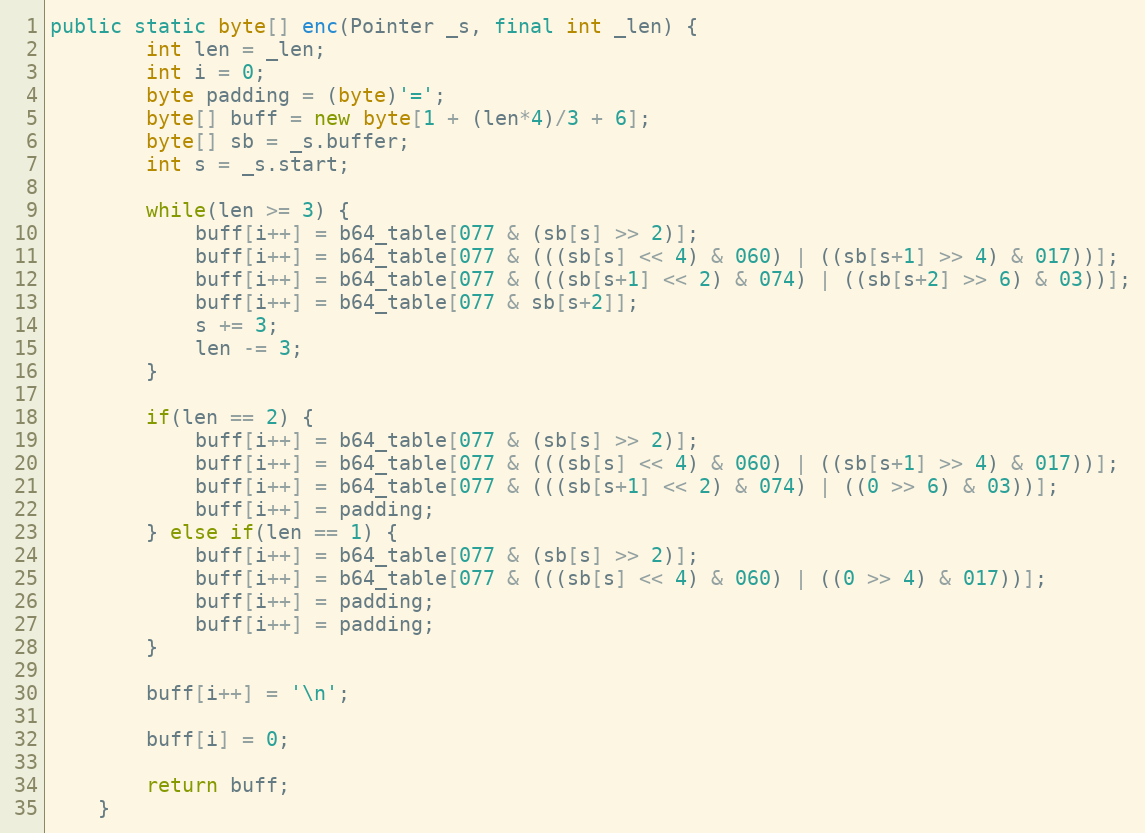
Language: Java
public static byte[] enc(Pointer _s, final int _len) {
        int len = _len;
        int i = 0;
        byte padding = (byte)'=';
        byte[] buff = new byte[1 + (len*4)/3 + 6];
        byte[] sb = _s.buffer;
        int s = _s.start;

        while(len >= 3) {
            buff[i++] = b64_table[077 & (sb[s] >> 2)];
            buff[i++] = b64_table[077 & (((sb[s] << 4) & 060) | ((sb[s+1] >> 4) & 017))];
            buff[i++] = b64_table[077 & (((sb[s+1] << 2) & 074) | ((sb[s+2] >> 6) & 03))];
            buff[i++] = b64_table[077 & sb[s+2]];
            s += 3;
            len -= 3;
        }

        if(len == 2) {
            buff[i++] = b64_table[077 & (sb[s] >> 2)];
            buff[i++] = b64_table[077 & (((sb[s] << 4) & 060) | ((sb[s+1] >> 4) & 017))];
            buff[i++] = b64_table[077 & (((sb[s+1] << 2) & 074) | ((0 >> 6) & 03))];
            buff[i++] = padding;
        } else if(len == 1) {
            buff[i++] = b64_table[077 & (sb[s] >> 2)];
            buff[i++] = b64_table[077 & (((sb[s] << 4) & 060) | ((0 >> 4) & 017))];
            buff[i++] = padding;
            buff[i++] = padding;
        }

        buff[i++] = '\n';

        buff[i] = 0;

        return buff;
    }